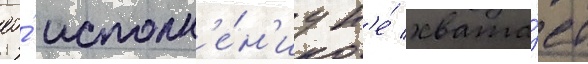
ео́ исполн'е́н'иу н'е́ хвата́ет